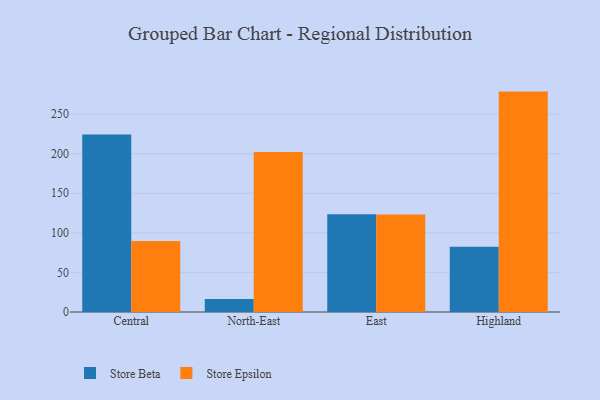
{"axis": {"x": "Region", "y": "Website Visitors"}, "legend": ["Store Beta", "Store Epsilon"], "data": [{"x": "Central", "y": 224.3, "type": "Store Beta"}, {"x": "Central", "y": 89.6, "type": "Store Epsilon"}, {"x": "North-East", "y": 16.5, "type": "Store Beta"}, {"x": "North-East", "y": 202.2, "type": "Store Epsilon"}, {"x": "East", "y": 123.6, "type": "Store Beta"}, {"x": "East", "y": 123.1, "type": "Store Epsilon"}, {"x": "Highland", "y": 82.4, "type": "Store Beta"}, {"x": "Highland", "y": 278.5, "type": "Store Epsilon"}]}